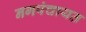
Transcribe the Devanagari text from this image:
नगपंचायत